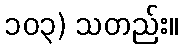
၁၀၃) သတည်း။